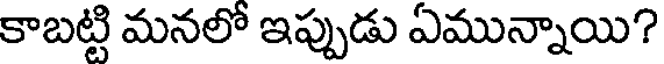
కాబట్టి మనలో ఇప్పుడు ఏమున్నాయి?